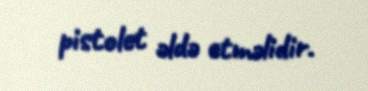
pistolet əldə etməlidir.